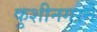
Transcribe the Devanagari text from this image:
कुशीनगरने